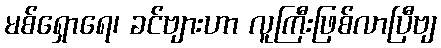
မစ်ရှောရေ၊ ခင်ဗျားဟာ လူကြီးဖြစ်လာပြီဗျ